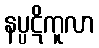
နပ္ပဋိကူလာ